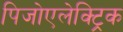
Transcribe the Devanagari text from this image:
पिजोएलेक्ट्रिक